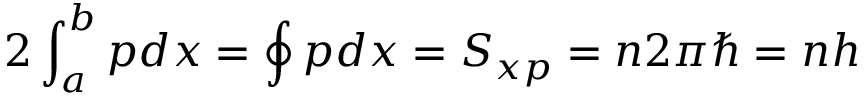
2 \int _ { a } ^ { b } p d x = \oint p d x = S _ { x p } = n 2 \pi \hbar = n h